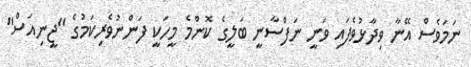
ނަމަވެސް އޭނާ ވިދާޅުވެފައި ވަނީ ނަފްސާނީ ބަލީގެ ކޮންމެ މީހަކީ ފަންނުވެރިކަމުގެ "ޖީނިއަސް"